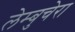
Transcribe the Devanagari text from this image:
लेम्बुचेरा